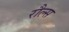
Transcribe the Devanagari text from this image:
रौल्स